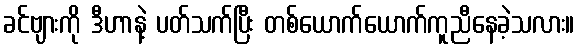
ခင်ဗျားကို ဒီဟာနဲ့ ပတ်သက်ပြီး တစ်ယောက်ယောက်ကူညီနေခဲ့သလား။